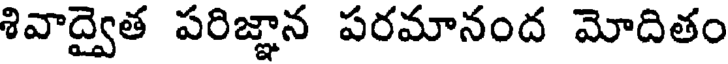
శివాద్వైత పరిజ్ఞాన పరమానంద మోదితం